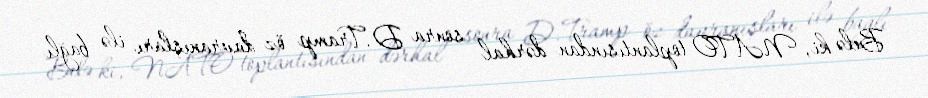
Belə ki, NATO toplantısından dərhal sonra D.Tramp öz davranışları ilə bağlı